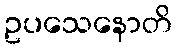
ဥပသေနောတိ